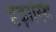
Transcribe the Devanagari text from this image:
दृढ़ास्थि